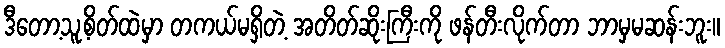
ဒီတော့သူ့စိတ်ထဲမှာ တကယ်မရှိတဲ့ အတိတ်ဆိုးကြီးကို ဖန်တီးလိုက်တာ ဘာမှမဆန်းဘူး။